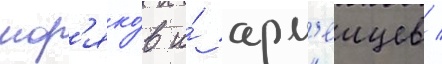
мор'яко́в и́ арм'еицев /